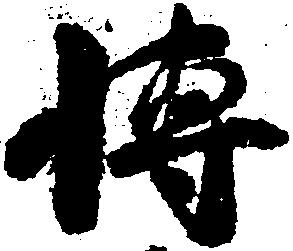
博